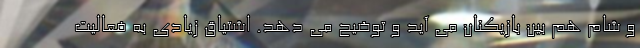
و شام هم بین بازیکنان می آید و توضیح می دهد. اشتیاق زیادی به فعالیت